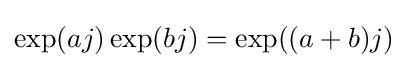
\exp(aj)\exp(bj)=\exp((a+b)j)